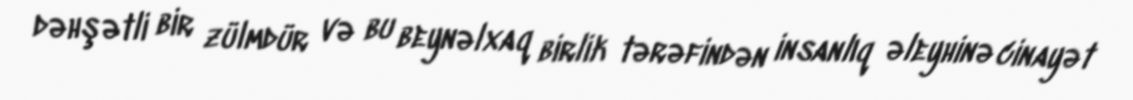
dəhşətli bir zülmdür və bu beynəlxaq birlik tərəfindən insanlıq əleyhinə cinayət